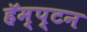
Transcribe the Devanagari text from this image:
हॅम्प्टन